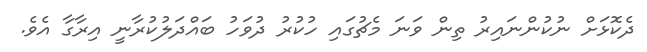
ދެކޮޅަށް ނުކުންނައިރު ތިން ވަނަ މެޗުގައި ހުކުރު ދުވަހު ބައްދަލުކުރާނީ އިރާގާ އެވެ.